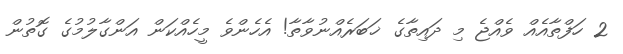
2 ހަފްތާއެއް ވެއްޖެ މި ދައިތާގެ ޚަބަރެއްނުވާތާ! އެހެންވެ މީހެއްކަން އަންގާލުމުގެ ގޮތުން